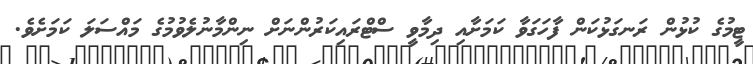
ޓީމުގެ ކުޅުން ރަނގަޅުކަން ފާހަގަވާ ކަމަށާއި ދިމާވީ ސްޓްރައިކަރުންނަށް ނިންމާނުލެވުމުގެ މައްސަލަ ކަމަށެވެ.